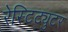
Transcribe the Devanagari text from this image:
रेस्टिट्युटर